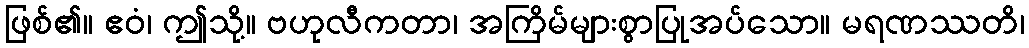
ဖြစ်၏။ ဧဝံ၊ ဤသို့။ ဗဟုလီကတာ၊ အကြိမ်များစွာပြုအပ်သော။ မရဏဿတိ၊